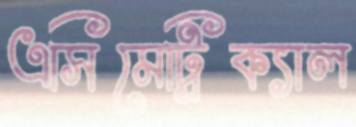
এসিমেট্রিক্যাল